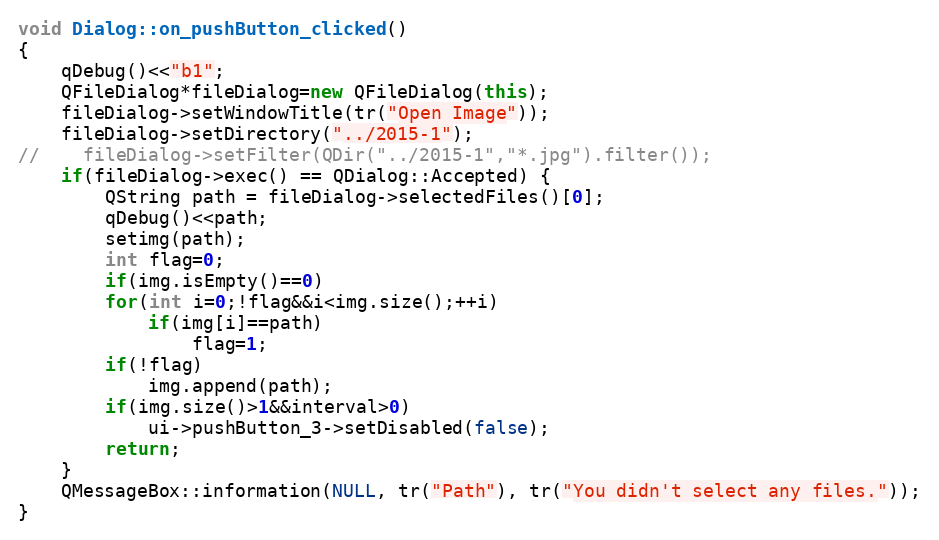
Language: C++
void Dialog::on_pushButton_clicked()
{
    qDebug()<<"b1";
    QFileDialog*fileDialog=new QFileDialog(this);
    fileDialog->setWindowTitle(tr("Open Image"));
    fileDialog->setDirectory("../2015-1");
//    fileDialog->setFilter(QDir("../2015-1","*.jpg").filter());
    if(fileDialog->exec() == QDialog::Accepted) {
        QString path = fileDialog->selectedFiles()[0];
        qDebug()<<path;
        setimg(path);
        int flag=0;
        if(img.isEmpty()==0)
        for(int i=0;!flag&&i<img.size();++i)
            if(img[i]==path)
                flag=1;
        if(!flag)
            img.append(path);
        if(img.size()>1&&interval>0)
            ui->pushButton_3->setDisabled(false);
        return;
    }
    QMessageBox::information(NULL, tr("Path"), tr("You didn't select any files."));
}